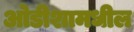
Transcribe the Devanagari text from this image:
ओडीशामधील